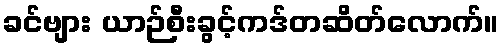
ခင်ဗျား ယာဉ်စီးခွင့်ကဒ်တဆိတ်လောက်။